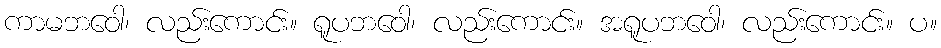
ကာမဘဝေါ၊ လည်းကောင်း။ ရူပဘဝေါ၊ လည်းကောင်း။ အရူပဘဝေါ၊ လည်းကောင်း။ ပ။